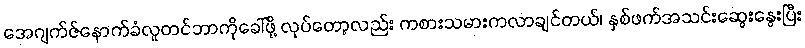
အေဂျက်ဇ်နောက်ခံလူတင်ဘာကိုခေါ်ဖို့ လုပ်တော့လည်း ကစားသမားကလာချင်တယ်၊ နှစ်ဖက်အသင်းဆွေးနွေးပြီး